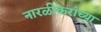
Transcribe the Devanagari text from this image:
नारळीकरांच्या